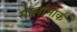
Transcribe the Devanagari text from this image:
सालामाक